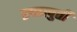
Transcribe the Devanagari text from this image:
इच्छापुर्ती